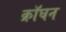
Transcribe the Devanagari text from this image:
क्रॉघन